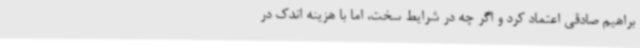
براهیم صادقی اعتماد کرد و اگر چه در شرایط سخت، اما با هزینه اندک در